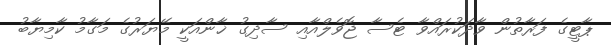
ޕާޓީގެ ފަރާތުން ވާދަކުރައްވާ ޓެސާ ޖޮވެލްއާއި ސާދިގު ޚާންއަކީ މޭޔަރުގެ މަގާމު ކާމިޔާބު